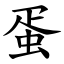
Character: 蛋